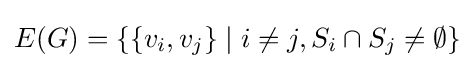
E(G)=\{\{v_{i},v_{j}\}\mid i\neq j,S_{i}\cap S_{j}\neq \emptyset \}